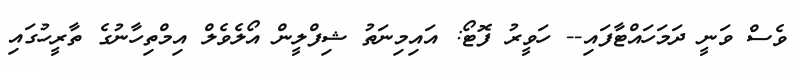
ވެސް ވަނީ ދަމަހައްޓާފައި-- ހަވީރު ފޮޓޯ: އައިމިނަތު ޝިފްލީން އޯލެވެލް އިމްތިހާނުގެ ތާރީހުގައި